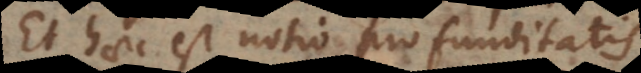
Et haec est notio profunditatis.